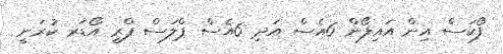
ފޯކަސް އިން އައިފޯން 6އެސް އަދި 6އެސް ޕްލަސް ޕްރީ އޯޑަރ ކުރަނީ